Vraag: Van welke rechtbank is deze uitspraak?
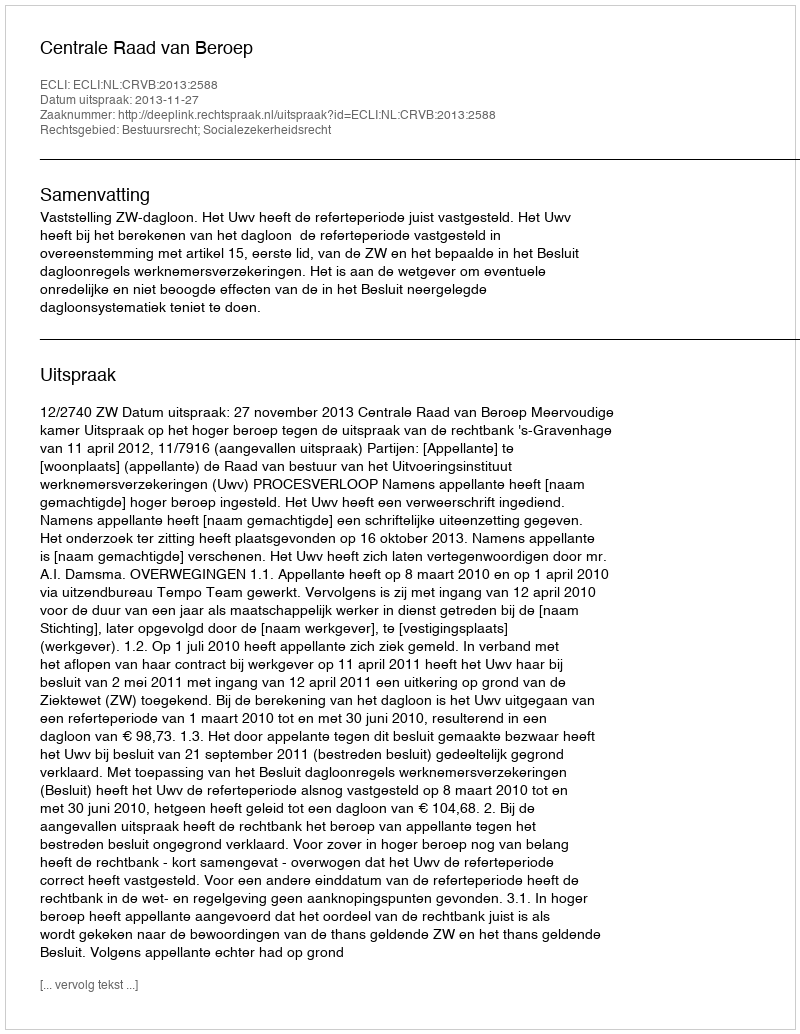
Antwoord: Centrale Raad van Beroep